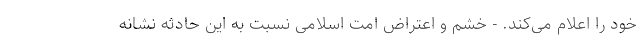
خود را اعلام می‌کند. - خشم و اعتراض امت اسلامی نسبت به این حادثه نشانه